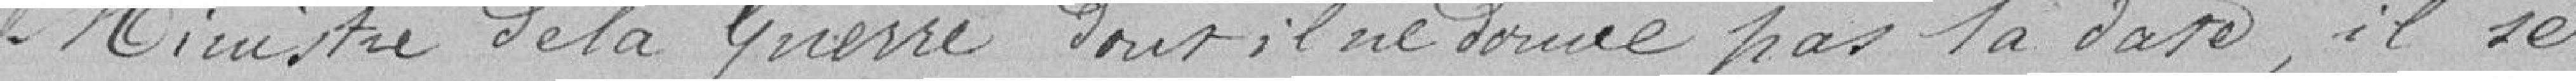
Ministre de la Guerre dont il ne donne pas la date, il se